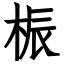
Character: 桭